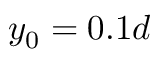
{ y _ { 0 } } = 0 . 1 d